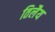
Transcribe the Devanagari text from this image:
तिलैय